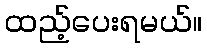
ထည့်ပေးရမယ်။